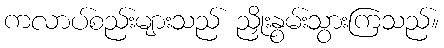
ကလာပ်စည်းများသည် ညှိုးနွမ်းသွားကြသည်။